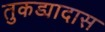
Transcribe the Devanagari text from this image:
तुकड्यादास